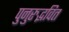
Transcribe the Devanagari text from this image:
पुनुरुद्भवित